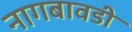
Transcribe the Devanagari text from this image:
नागबावडी